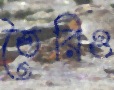
তৈরিও